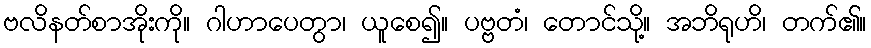
ဗလိနတ်စာအိုးကို။ ဂါဟာပေတွာ၊ ယူစေ၍။ ပဗ္ဗတံ၊ တောင်သို့။ အဘိရုဟိ၊ တက်၏။